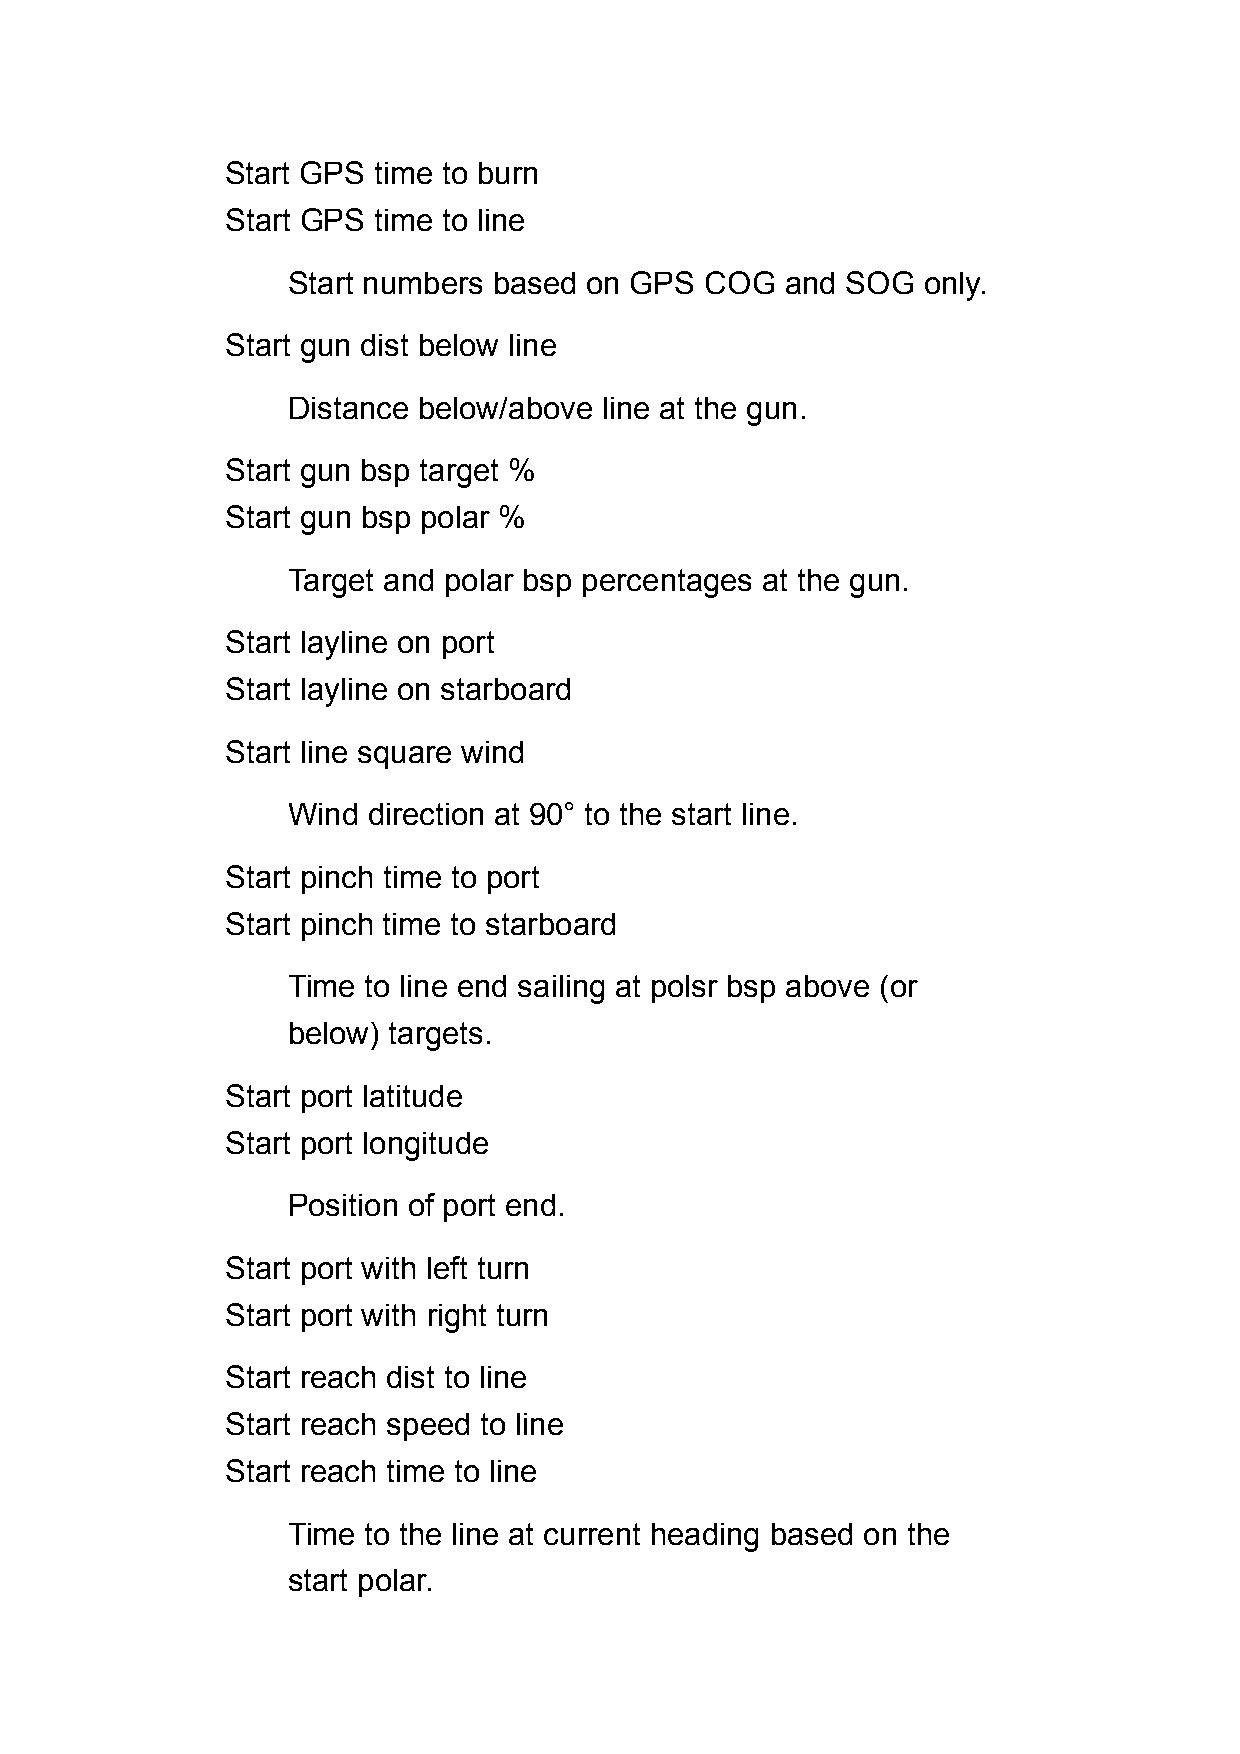
Start GPS time to burn
 Start GPS time to line
 Start numbers based on GPS  COG  and SOG  only.
 Start gun dist below line
 Distance below/above line at the gun.
 Start gun bsp target %
 Start gun bsp polar %
 Target and polar bsp percentages at the gun.
 Start layline on port
 Start layline on starboard
 Start line square wind
 Wind direction at 90° to the start line.
 Start pinch time to port
 Start pinch time to starboard
 Time to line end sailing at polsr bsp above (or
 below) targets.
 Start port latitude
 Start port longitude
 Position of port end.
 Start port with left turn
 Start port with right turn
 Start reach dist to line
 Start reach speed to line
 Start reach time to line
 Time to the line at current heading based on the
 start polar.